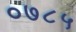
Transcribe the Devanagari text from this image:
०७८५